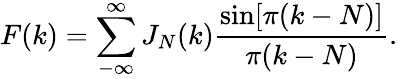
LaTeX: F(k)=\sum_{-\infty}^{\infty}J_{N}(k)\frac{\sin[\pi(k-N)]}{\pi(k-N)}.